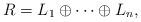
LaTeX: \begin{align*}R = L_1 \oplus \cdots \oplus L_n,\end{align*}